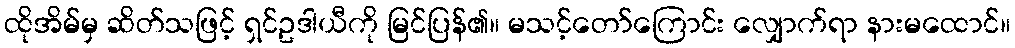
ထိုအိမ်မှ ဆိတ်သဖြင့် ရှင်ဥဒါယီကို မြင်ပြန်၏။ မသင့်တော်ကြောင်း လျှောက်ရာ နားမထောင်။